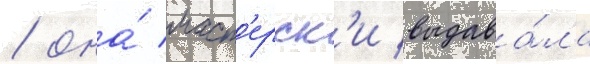
/ она́ маст'ерск'и выдава́ла